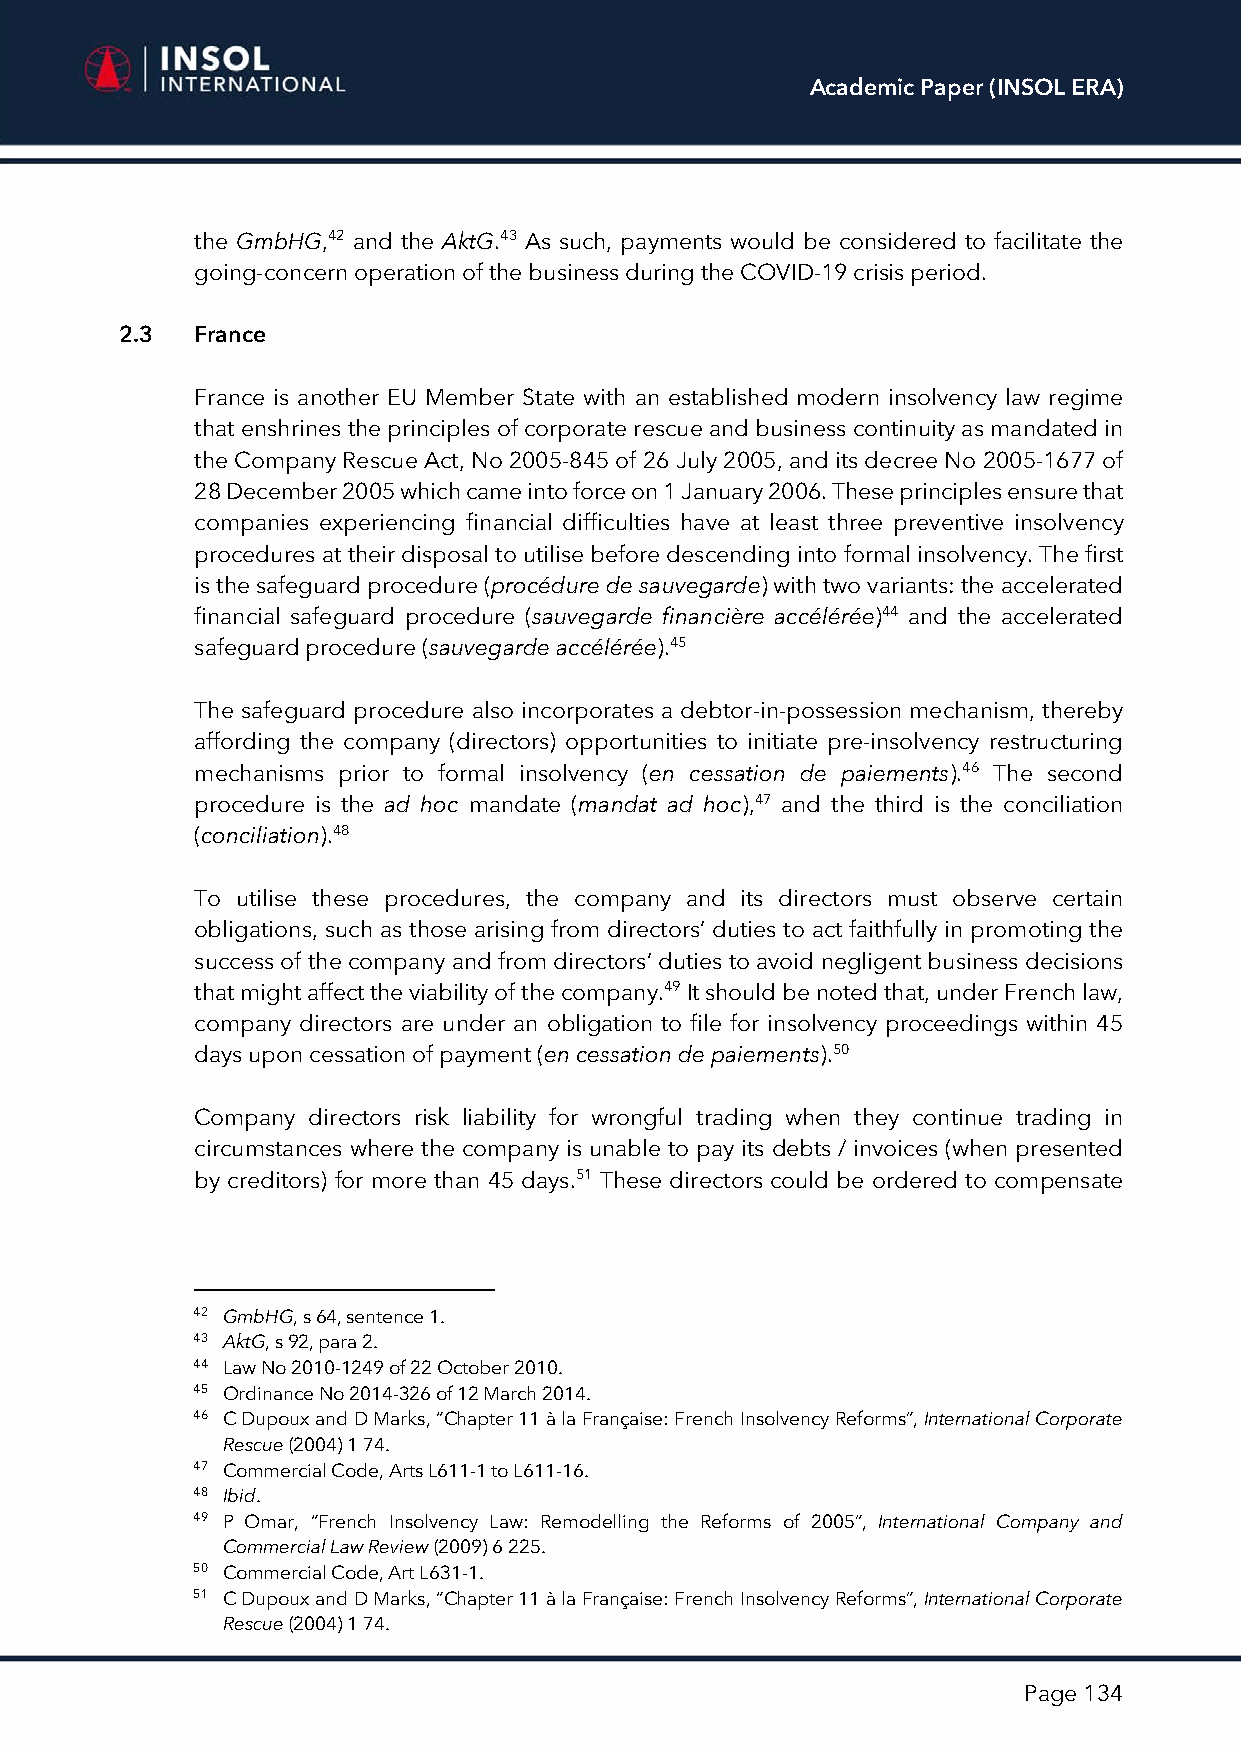
Academic Paper (INSOL ERA)
 the GmbHG,42 and the AktG.43 As such, payments would be considered to facilitate the
 going-concern operation of the business during the COVID-19 crisis period.
 2.3  France
 France is another EU Member State with an established modern insolvency law regime
 that enshrines the principles of corporate rescue and business continuity as mandated in
 the Company Rescue Act, No 2005-845 of 26 July 2005, and its decree No 2005-1677 of
 28 December 2005 which came into force on 1 January 2006. These principles ensure that
 companies experiencing financial difficulties have at least three preventive insolvency
 procedures at their disposal to utilise before descending into formal insolvency. The first
 is the safeguard procedure (procédure de sauvegarde) with two variants: the accelerated
 financial safeguard procedure (sauvegarde financière accélérée)44 and the accelerated
 safeguard procedure (sauvegarde accélérée).45
 The safeguard procedure also incorporates a debtor-in-possession mechanism, thereby
 affording the company (directors) opportunities to initiate pre-insolvency restructuring
 mechanisms prior to formal insolvency (en cessation de paiements).46 The second
 procedure is the ad hoc mandate (mandat ad hoc),47 and the third is the conciliation
 (conciliation).48
 To utilise these procedures, the company and its directors must observe certain
 obligations, such as those arising from directors’ duties to act faithfully in promoting the
 success of the company and from directors’ duties to avoid negligent business decisions
 that might affect the viability of the company.49 It should be noted that, under French law,
 company directors are under an obligation to file for insolvency proceedings within 45
 days upon cessation of payment (en cessation de paiements).50
 Company directors risk liability for wrongful trading when they continue trading in
 circumstances where the company is unable to pay its debts / invoices (when presented
 by creditors) for more than 45 days.51 These directors could be ordered to compensate
 42 GmbHG, s 64, sentence 1.
 43 AktG, s 92, para 2.
 44 Law No 2010-1249 of 22 October 2010.
 45 Ordinance No 2014-326 of 12 March 2014.
 46 C Dupoux and D Marks, “Chapter 11 à la Française: French Insolvency Reforms”, International Corporate
 Rescue (2004) 1 74.
 47 Commercial Code, Arts L611-1 to L611-16.
 48 Ibid.
 49 P Omar, “French Insolvency Law: Remodelling the Reforms of 2005”, International Company and
 Commercial Law Review (2009) 6 225.
 50 Commercial Code, Art L631-1.
 51 C Dupoux and D Marks, “Chapter 11 à la Française: French Insolvency Reforms”, International Corporate
 Rescue (2004) 1 74.
 Page 134